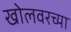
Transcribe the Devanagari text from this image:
खोलवरच्या